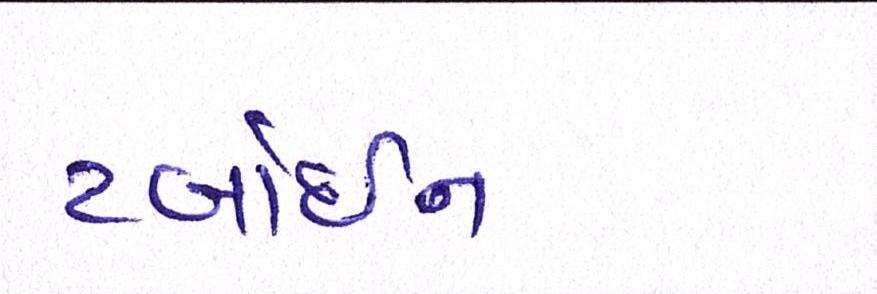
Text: ટર્બાઇન